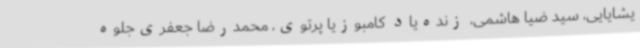
یشایایی‌، سید ضیا هاشمی‌، زنده‌یاد کامبوزیا پرتوی،‌ محمدرضا جعفری‌جلوه